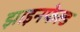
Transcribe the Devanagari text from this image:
झाइनफेल्ड